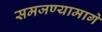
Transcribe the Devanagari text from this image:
समजण्यामागे